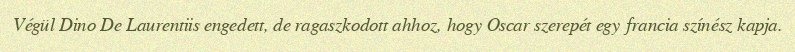
Végül Dino De Laurentiis engedett, de ragaszkodott ahhoz, hogy Oscar szerepét egy francia színész kapja.